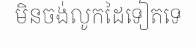
មិនចង់លូកដៃទៀតទេ